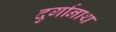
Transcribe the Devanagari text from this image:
दुर्गानाथ